Jaan_Tonisson_(Lasteleht), lk 307
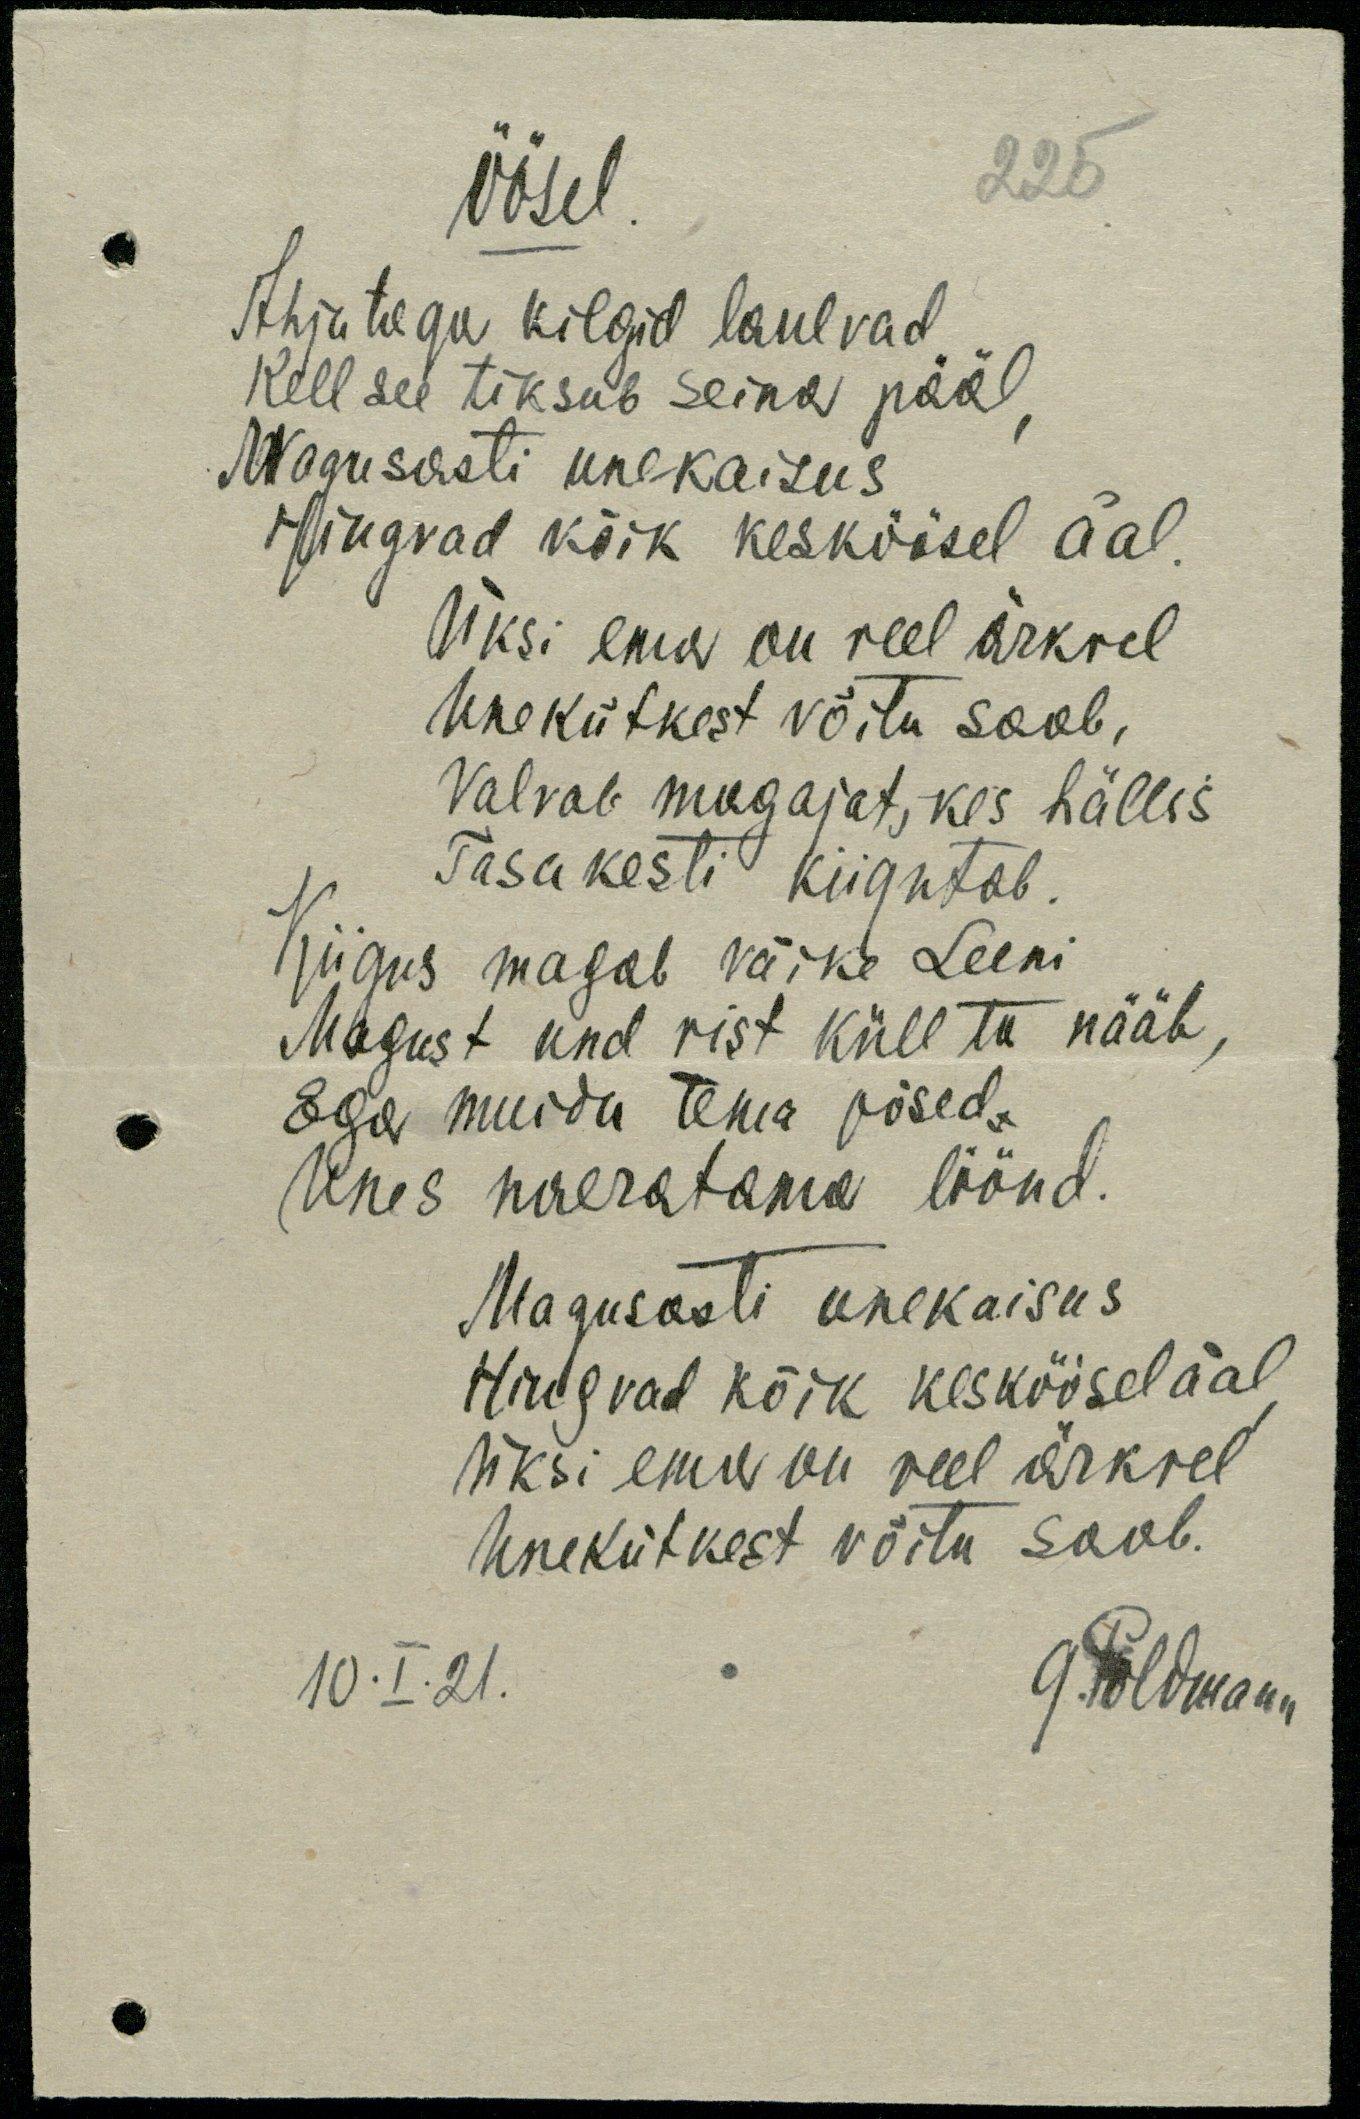
öösel
225
Ahju taga kilgid laulvad
Kell see tiksub seina pääl,
Magusasti unekaisus
Hingvad kõik keskõisel aal,
Üksi ema on veel ärkvel
unekütkest võitu saab,
Valvab magajat, kes hällis
Tasakesti kiigutab.
Kiigus magab väike Leeni
Magust und vist küll ta nääb,
Ega muidu tema põsed.
Unes naeratama löönd.
Magusasti unekaisus
Hingvad kõik kesköösel aal
üksi ema on veel ärkvel
unekütkest võitu saab.
10.I.21. G.Põldmann